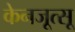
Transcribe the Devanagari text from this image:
केनजूत्सू